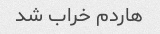
هاردم خراب شد